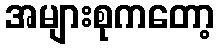
အများစုကတော့